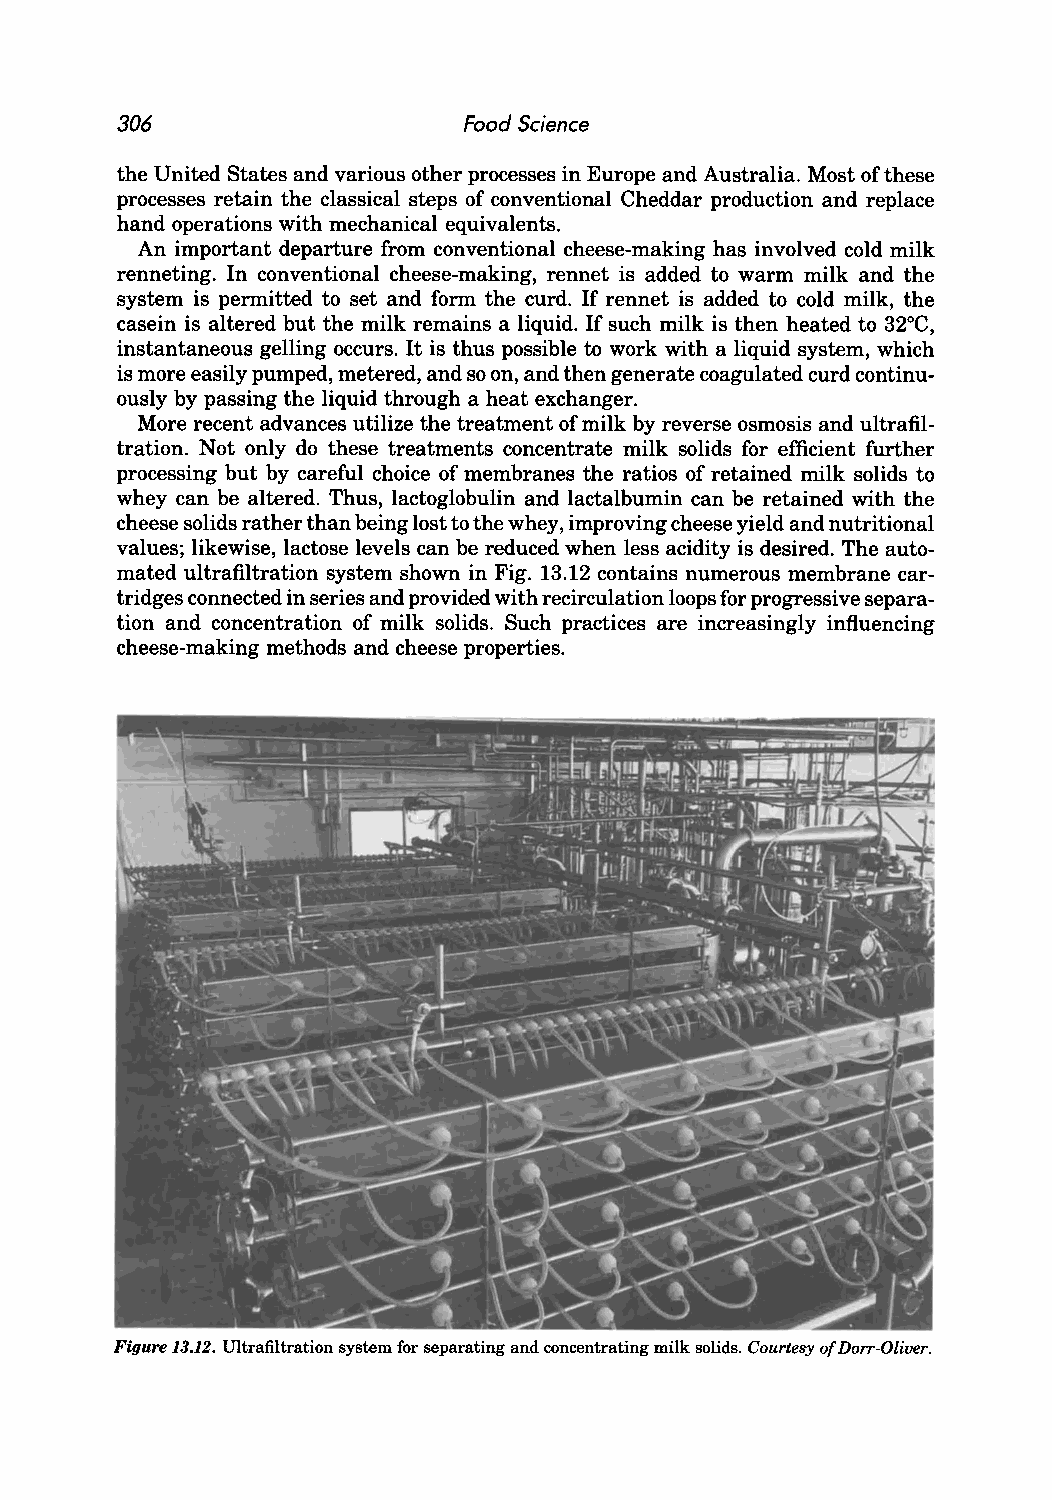
306                    Food Science
 the United States and various other processes in Europe and Australia. Most of these
 processes retain the classical steps of conventional Cheddar production and replace
 hand operations with mechanical equivalents.
 An important departure from conventional cheese-making has involved cold milk
 renneting. In conventional cheese-making, rennet is added to warm milk and the
 system is permitted to set and form the curd. If rennet is added to cold milk, the
 casein is altered but the milk remains a liquid. If such milk is then heated to 32°C,
 instantaneous gelling occurs. It is thus possible to work with a liquid system, which
 is more easily pumped, metered, and so on, and then generate coagulated curd continu
 ously by passing the liquid through a heat exchanger.
 More recent advances utilize the treatment of milk by reverse osmosis and ultrafil
 tration. Not only do these treatments concentrate milk solids for efficient further
 processing but by careful choice of membranes the ratios of retained milk solids to
 whey can be altered. Thus, lactoglobulin and lactalbumin can be retained with the
 cheese solids rather than being lost to the whey, improving cheese yield and nutritional
 values; likewise, lactose levels can be reduced when less acidity is desired. The auto
 mated ultrafiltration system shown in Fig. 13.12 contains numerous membrane car
 tridges connected in series and provided with recirculation loops for progressive separa
 tion and concentration of milk solids. Such practices are increasingly influencing
 cheese-making methods and cheese properties.
 Figure 13.12. Ultrafiltration system for separating and concentrating milk solids. Courtesy of Dorr-Oliuer.